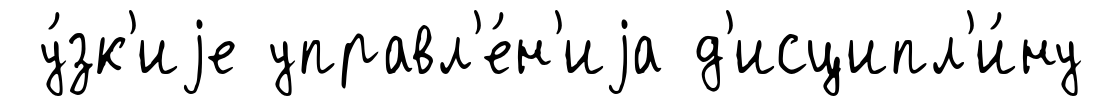
у́зк'иjе управл'е́н'иjа д'исципл'и́ну